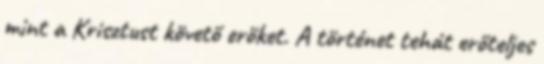
mint a Krisztust követő erőket. A történet tehát erőteljes